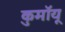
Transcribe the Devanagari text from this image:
कुमॉयू